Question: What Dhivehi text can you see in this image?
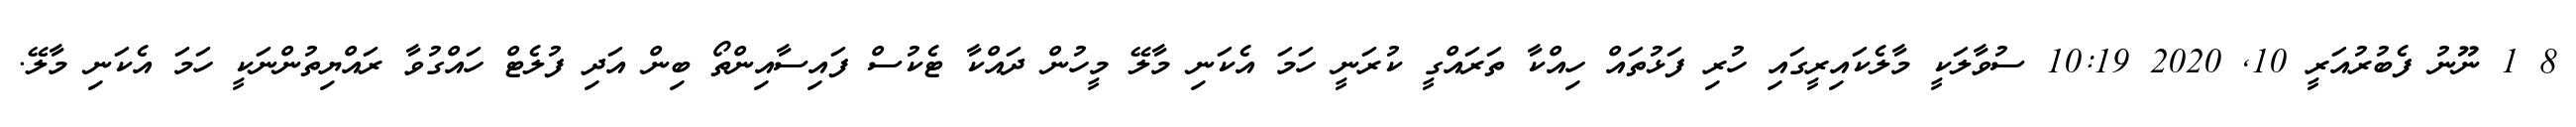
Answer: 8 1 ނޫނު ފެބުރުއަރީ 10, 2020 10:19 ސުވާލަކީ މާލެކައިރީގައި ހުރި ފަޅުތައް ހިއްކާ ތަރައްގީ ކުރަނީ ހަމަ އެކަނި މާލޭ މީހުން ދައްކާ ޓެކުސް ފައިސާއިންތޯ ބިން އަދި ފުލެޓް ހައްގުވާ ރައްޔިތުންނަކީ ހަމަ އެކަނި މާލޭ.